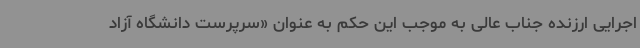
اجرایی ارزنده جناب عالی به موجب این حکم به عنوان «سرپرست دانشگاه آزاد